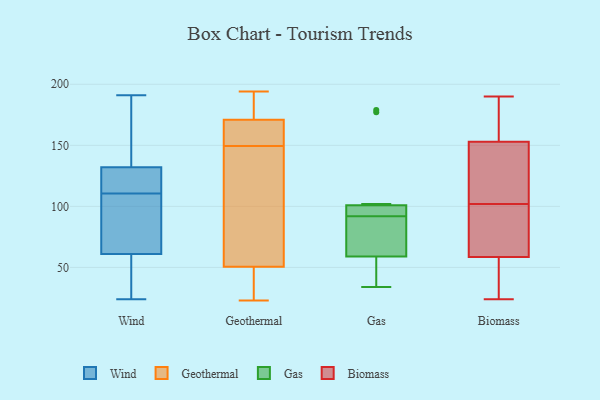
{"axis": {"x": "Headcount", "y": "Value"}, "legend": ["Biomass", "Gas", "Geothermal", "Wind"], "data": [{"x": "", "y": 116, "type": "Wind"}, {"x": "", "y": 61, "type": "Wind"}, {"x": "", "y": 164, "type": "Wind"}, {"x": "", "y": 132, "type": "Wind"}, {"x": "", "y": 103, "type": "Wind"}, {"x": "", "y": 191, "type": "Wind"}, {"x": "", "y": 49, "type": "Wind"}, {"x": "", "y": 108, "type": "Wind"}, {"x": "", "y": 137, "type": "Wind"}, {"x": "", "y": 113, "type": "Wind"}, {"x": "", "y": 24, "type": "Wind"}, {"x": "", "y": 66, "type": "Wind"}, {"x": "", "y": 123, "type": "Wind"}, {"x": "", "y": 184, "type": "Wind"}, {"x": "", "y": 25, "type": "Wind"}, {"x": "", "y": 116, "type": "Wind"}, {"x": "", "y": 36, "type": "Wind"}, {"x": "", "y": 69, "type": "Wind"}, {"x": "", "y": 61, "type": "Geothermal"}, {"x": "", "y": 156, "type": "Geothermal"}, {"x": "", "y": 23, "type": "Geothermal"}, {"x": "", "y": 194, "type": "Geothermal"}, {"x": "", "y": 103, "type": "Geothermal"}, {"x": "", "y": 37, "type": "Geothermal"}, {"x": "", "y": 143, "type": "Geothermal"}, {"x": "", "y": 158, "type": "Geothermal"}, {"x": "", "y": 40, "type": "Geothermal"}, {"x": "", "y": 188, "type": "Geothermal"}, {"x": "", "y": 163, "type": "Geothermal"}, {"x": "", "y": 179, "type": "Geothermal"}, {"x": "", "y": 58, "type": "Gas"}, {"x": "", "y": 92, "type": "Gas"}, {"x": "", "y": 45, "type": "Gas"}, {"x": "", "y": 98, "type": "Gas"}, {"x": "", "y": 34, "type": "Gas"}, {"x": "", "y": 177, "type": "Gas"}, {"x": "", "y": 88, "type": "Gas"}, {"x": "", "y": 62, "type": "Gas"}, {"x": "", "y": 102, "type": "Gas"}, {"x": "", "y": 179, "type": "Gas"}, {"x": "", "y": 97, "type": "Gas"}, {"x": "", "y": 57, "type": "Biomass"}, {"x": "", "y": 129, "type": "Biomass"}, {"x": "", "y": 147, "type": "Biomass"}, {"x": "", "y": 61, "type": "Biomass"}, {"x": "", "y": 57, "type": "Biomass"}, {"x": "", "y": 24, "type": "Biomass"}, {"x": "", "y": 183, "type": "Biomass"}, {"x": "", "y": 83, "type": "Biomass"}, {"x": "", "y": 81, "type": "Biomass"}, {"x": "", "y": 104, "type": "Biomass"}, {"x": "", "y": 100, "type": "Biomass"}, {"x": "", "y": 190, "type": "Biomass"}, {"x": "", "y": 110, "type": "Biomass"}, {"x": "", "y": 159, "type": "Biomass"}, {"x": "", "y": 28, "type": "Biomass"}, {"x": "", "y": 187, "type": "Biomass"}, {"x": "", "y": 135, "type": "Biomass"}, {"x": "", "y": 159, "type": "Biomass"}, {"x": "", "y": 33, "type": "Biomass"}, {"x": "", "y": 60, "type": "Biomass"}]}